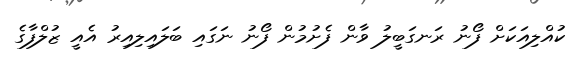
ކުއްލިއަކަށް ފޯނު ރަނގަބީލު ވާން ފެށުމުން ފޯނު ނަގައި ބަލައިލިއިރު އެއީ ޒުލްފާގެ